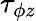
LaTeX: \displaystyle\tau_{\phi z}